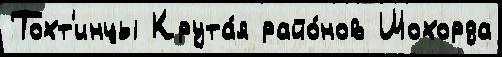
Тохт'инцы Крута́я райо́нов Шохорда